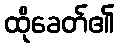
ထိုခေတ်၏